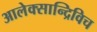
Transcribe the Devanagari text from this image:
आलेक्सान्द्रिविच